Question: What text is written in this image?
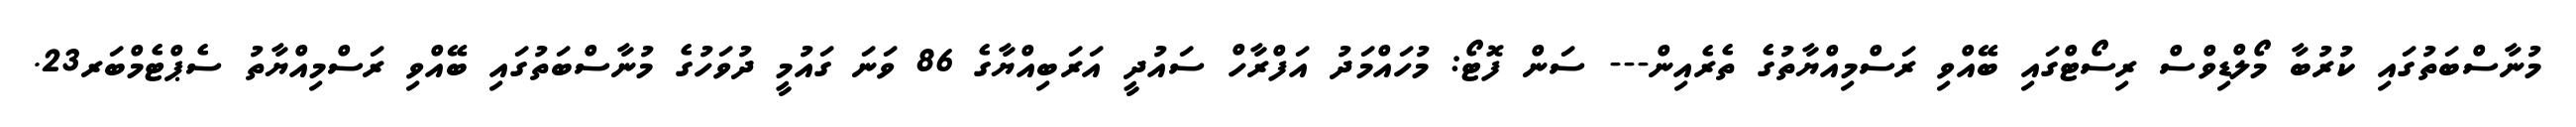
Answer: މުނާސްބަތުގައި ކުރުބާ މޯލްޑިވްސް ރިސޯޓްގައި ބޭއްވި ރަސްމިއްޔާތުގެ ތެރެއިން--- ސަން ފޮޓޯ: މުހައްމަދު އަފްރާހް ސައުދީ އަރަބިއްޔާގެ 86 ވަނަ ގައުމީ ދުވަހުގެ މުނާސްބަތުގައި ބޭއްވި ރަސްމިއްޔާތު ސެޕްޓެމްބަރ23.